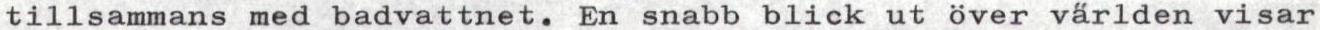
tillsammans med badvattnet. En snabb blick ut över världen visar